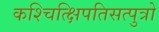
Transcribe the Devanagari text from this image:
कश्चित्क्षिपतिसत्पुत्रो